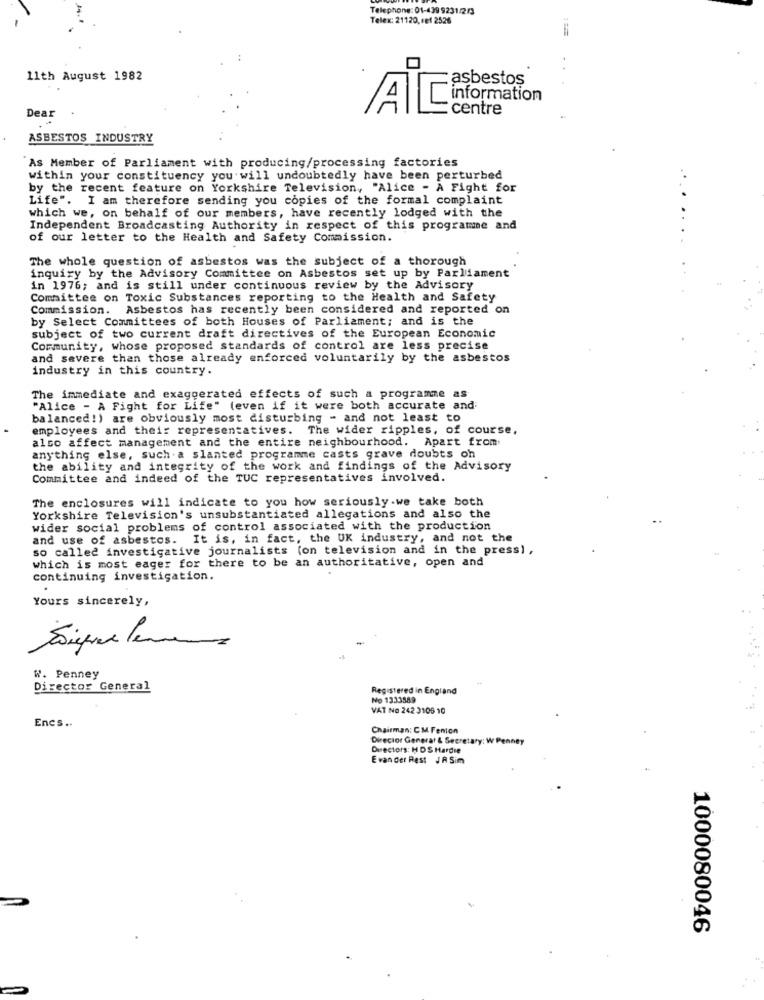
Telephone: 01-439 9231/2/3
Telex: 21120. ref 2526
11th August 1982
:asbestos
Dear
centre
ASBESTOS INDUSTRY
As Member of Parliament with producing/processing factories
within your constituency you will undoubtedly have been perturbed
by the recent feature on Yorkshire Television, "Alice - A Fight for
Life". I am therefore sending you copies of the formal complaint
which we, on behalf of our members, have recently lodged with the
Independent Broadcasting Authority in respect of this programme and
of our letter to the Health and Safety Commission.
The whole question of asbestos was the subject of a thorough
inquiry by the Advisory Committee on Asbestos set up by Parliament
in 1976; and is still under continuous review by the Advisory
Committee on Toxic Substances reporting to the Health and Safety
Commission. Asbestos has recently been considered and reported on
by Select Committees of both Houses of Parliament; and is the
subject of two current draft directives of the European Economic
Community, whose proposed standards of control are less precise
and severe than those already enforced voluntarily by the asbestos
industry in this country.
The immediate and exaggerated effects of such a programme as
"Alice - A Fight for Life" (even if it were both accurate and
balanced!) are obviously most disturbing - and not least to
employees and their representatives. The wider ripples, of course,
also affect management and the entire neighbourhood. Apart from
anything else, such a slanted programme casts grave doubts oh
the ability and integrity of the work and findings of the Advisory
Committee and indeed of the TUC representatives involved.
The enclosures will indicate to you how seriously.we take both
Yorkshire Television's unsubstantiated allegations and also the
wider social problems of control associated with the production
and use of asbestos. It is, in fact, the UK industry, and not the
so called investigative journalists (on television and in the press) ,
which is most eager for there to be an authoritative, open and
continuing investigation.
Yours sincerely,
W. Penney
Director General
Registered in England
No 1333589
VAT No 242 3105 10
Encs ..
Chairman: CM Fenton
Director General & Secretary: W
nney
Directors: H DS Hardie
E van der Rest JA Sim
1000080046